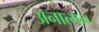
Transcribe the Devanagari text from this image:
अनात्मन